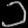
Digit: ၁